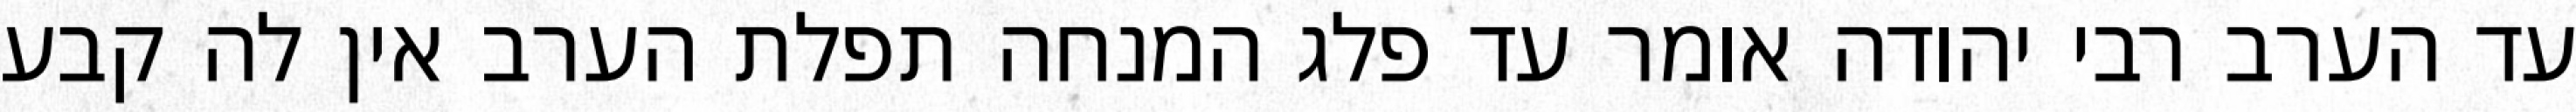
עד הערב רבי יהודה אומר עד פלג המנחה תפלת הערב אין לה קבע